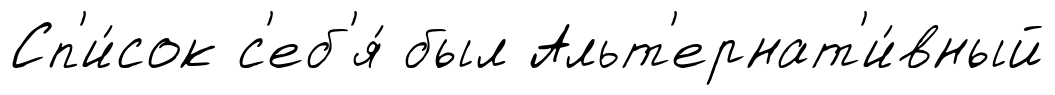
Сп'и́сок с'еб'я́ был Альт'ернат'и́вный